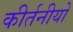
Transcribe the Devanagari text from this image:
कीर्तनीयो